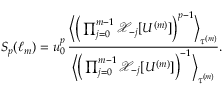
S _ { p } ( \ell _ { m } ) = u _ { 0 } ^ { p } \, \frac { \Big \langle \Big ( \prod _ { j = 0 } ^ { m - 1 } \mathcal { X } _ { - j } [ U ^ { ( m ) } ] \Big ) ^ { p - 1 } \Big \rangle _ { \tau ^ { ( m ) } } } { \Big \langle \Big ( \prod _ { j = 0 } ^ { m - 1 } \mathcal { X } _ { - j } [ U ^ { ( m ) } ] \Big ) ^ { - 1 } \Big \rangle _ { \tau ^ { ( m ) } } } .